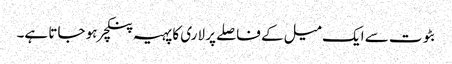
بٹوت سے ایک میل کے فاصلے پر لاری کا پہیہ پنکچر ہو جاتا ہے۔